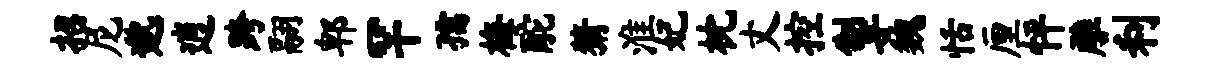
招尼邈逍跨翮郫罕孺梅酡猜淮妃枕丈控掣魏恬厘怦雕利